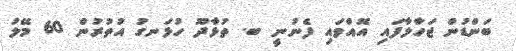
ބަންޑުން ޖަހާލާފައި އޮއްވައި ފެނުނީ ބ. ތުޅާދޫ ހުޅަނގު އުތުރުން 60 މޭލު